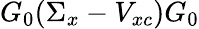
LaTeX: G_{0}(\Sigma_{x}-V_{xc})G_{0}